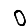
Digit: 0